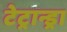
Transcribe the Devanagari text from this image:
टेट्रान्ड्रा